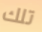
تلك